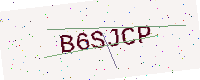
Text: B6SJCP